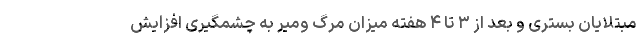
مبتلایان بستری و بعد از ۳ تا ۴ هفته میزان مرگ ومیر به چشمگیری افزایش